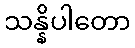
သန္နိပါတော